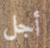
أجل